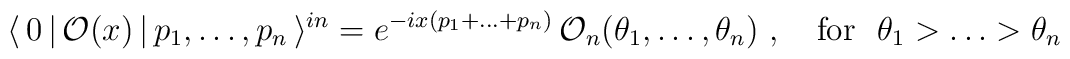
\langle \,0\,|\,\mathcal{O}(x)\,|\,p_{1},\dots ,p_{n}\,\rangle^{in}=e^{-ix(p_{1}+\dots +p_{n})}\,\mathcal{O}_{n}(\theta _{1},\dots ,\theta_{n})~,~~~\mathrm{for}~~\theta _{1}>\dots >\theta _{n}